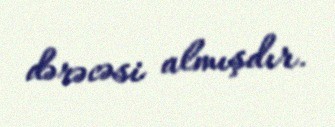
dərəcəsi almışdır.